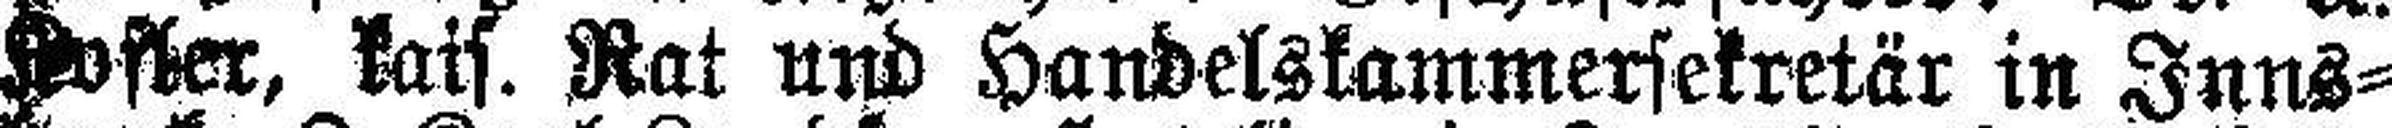
Kofler, kais. Rat und Handelskammersekretär in Inns¬